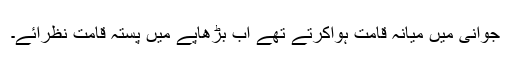
جوانی میں میانہ قامت ہواکرتے تھے اب بڑھاپے میں پستہ قامت نظرآئے۔